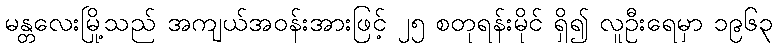
မန္တလေးမြို့သည် အကျယ်အဝန်းအားဖြင့် ၂၅ စတုရန်းမိုင် ရှိ၍ လူဦးရေမှာ ၁၉၆၃